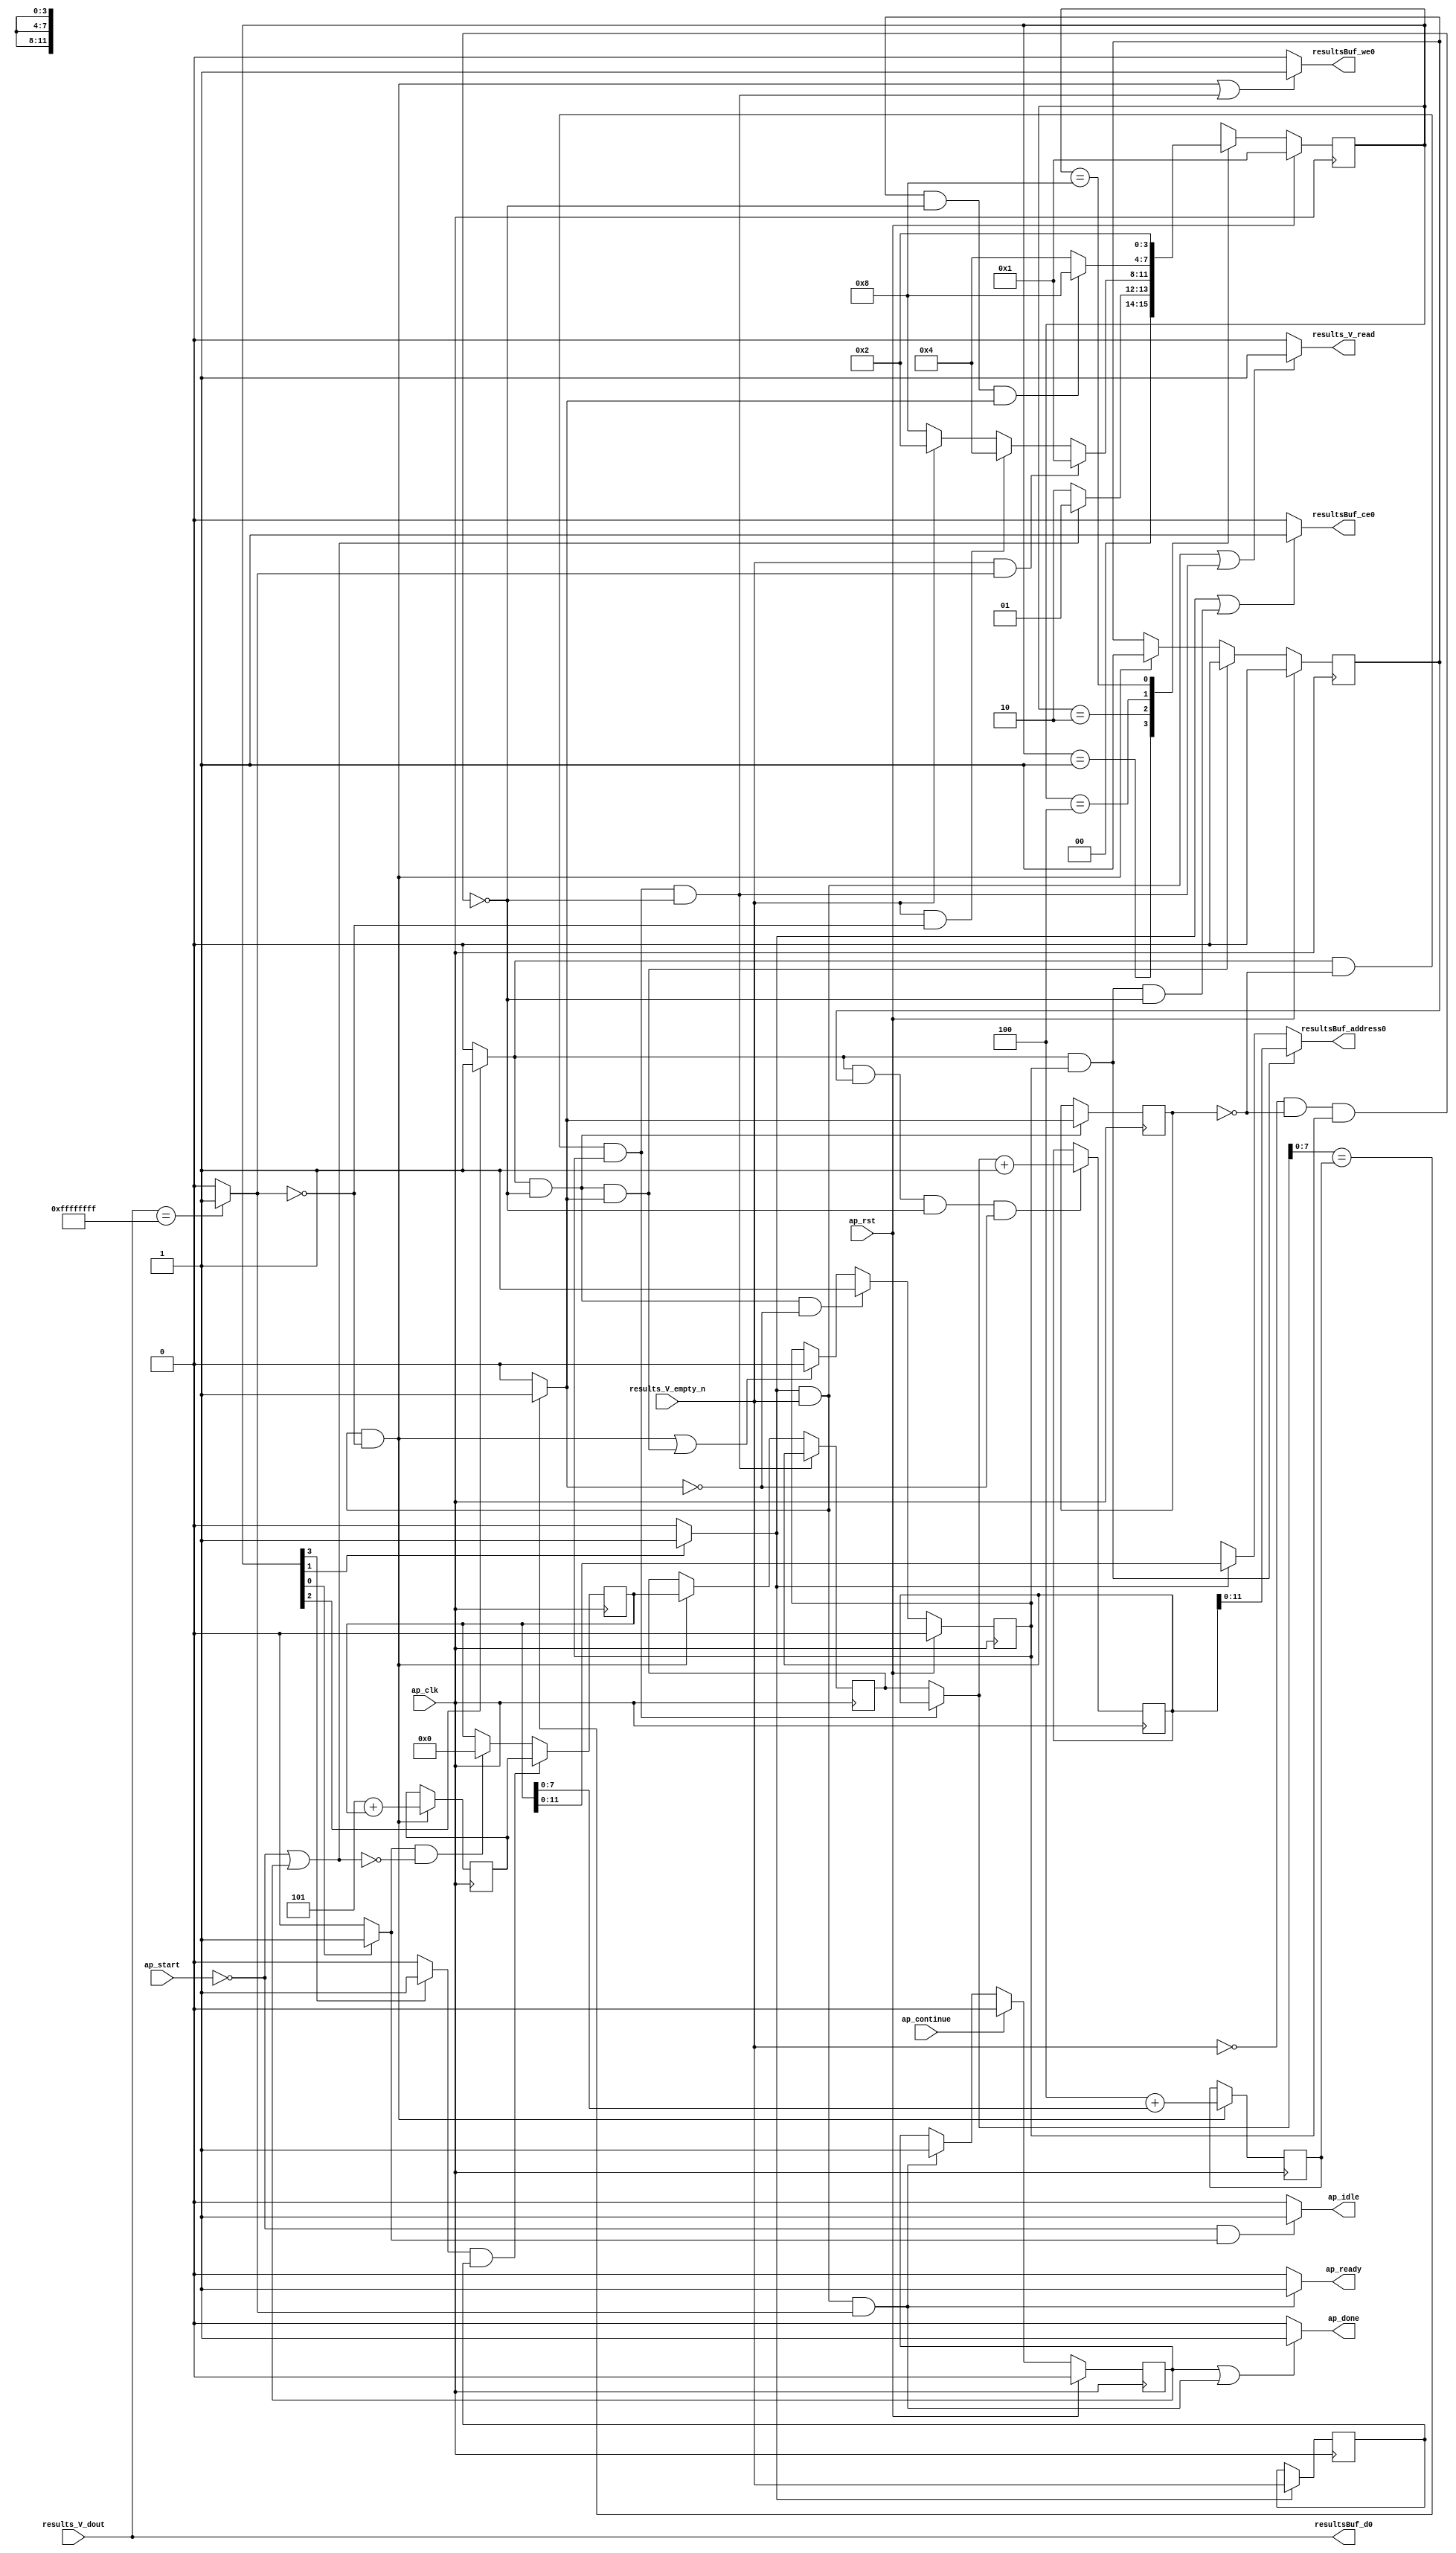
// ==============================================================
// RTL generated by Vivado(TM) HLS - High-Level Synthesis from C, C++ and SystemC
// Version: 2015.1
// Copyright (C) 2015 Xilinx Inc. All rights reserved.
// 
// ===========================================================

`timescale 1 ns / 1 ps 

module sw_pe_array_fill_resulBuf (
        ap_clk,
        ap_rst,
        ap_start,
        ap_done,
        ap_continue,
        ap_idle,
        ap_ready,
        results_V_dout,
        results_V_empty_n,
        results_V_read,
        resultsBuf_address0,
        resultsBuf_ce0,
        resultsBuf_we0,
        resultsBuf_d0
);

parameter    ap_const_logic_1 = 1'b1;
parameter    ap_const_logic_0 = 1'b0;
parameter    ap_ST_st1_fsm_0 = 4'b1;
parameter    ap_ST_st2_fsm_1 = 4'b10;
parameter    ap_ST_pp0_stg0_fsm_2 = 4'b100;
parameter    ap_ST_st5_fsm_3 = 4'b1000;
parameter    ap_const_lv32_0 = 32'b00000000000000000000000000000000;
parameter    ap_const_lv1_1 = 1'b1;
parameter    ap_const_lv32_1 = 32'b1;
parameter    ap_const_lv1_0 = 1'b0;
parameter    ap_const_lv32_2 = 32'b10;
parameter    ap_const_lv16_0 = 16'b0000000000000000;
parameter    ap_const_lv32_3 = 32'b11;
parameter    ap_const_lv32_FFFFFFFF = 32'b11111111111111111111111111111111;
parameter    ap_const_lv16_5 = 16'b101;
parameter    ap_const_lv8_4 = 8'b100;
parameter    ap_const_lv16_1 = 16'b1;
parameter    ap_true = 1'b1;

input   ap_clk;
input   ap_rst;
input   ap_start;
output   ap_done;
input   ap_continue;
output   ap_idle;
output   ap_ready;
input  [31:0] results_V_dout;
input   results_V_empty_n;
output   results_V_read;
output  [11:0] resultsBuf_address0;
output   resultsBuf_ce0;
output   resultsBuf_we0;
output  [31:0] resultsBuf_d0;

reg ap_done;
reg ap_idle;
reg ap_ready;
reg results_V_read;
reg[11:0] resultsBuf_address0;
reg resultsBuf_ce0;
reg resultsBuf_we0;
reg    ap_done_reg = 1'b0;
(* fsm_encoding = "none" *) reg   [3:0] ap_CS_fsm = 4'b1;
reg    ap_sig_cseq_ST_st1_fsm_0;
reg    ap_sig_bdd_23;
reg   [15:0] Addr_t_1_in_reg_93;
reg    ap_sig_cseq_ST_st2_fsm_1;
reg    ap_sig_bdd_49;
wire   [0:0] tmp_nbreadreq_fu_58_p3;
reg    ap_sig_bdd_57;
reg   [0:0] tmp_reg_173;
wire   [0:0] tmp_s_fu_111_p2;
wire   [15:0] Addr_t_2_fu_122_p2;
reg   [15:0] Addr_t_2_reg_181;
wire   [7:0] tmp_6_fu_132_p2;
reg   [7:0] tmp_6_reg_186;
wire   [0:0] exitcond_fu_142_p2;
reg   [0:0] exitcond_reg_191;
reg    ap_sig_cseq_ST_pp0_stg0_fsm_2;
reg    ap_sig_bdd_78;
reg    ap_reg_ppiten_pp0_it0 = 1'b0;
reg    ap_sig_bdd_84;
reg    ap_reg_ppiten_pp0_it1 = 1'b0;
wire   [15:0] Addr_t_1_fu_147_p2;
reg   [15:0] Addr_t_1_reg_195;
reg   [15:0] Addr_t_1_in_phi_fu_96_p4;
wire  signed [63:0] tmp_1_fu_117_p1;
wire  signed [63:0] tmp_2_fu_153_p1;
reg   [15:0] Addr_t_fu_54;
reg    ap_sig_bdd_118;
reg    ap_sig_cseq_ST_st5_fsm_3;
reg    ap_sig_bdd_126;
wire   [7:0] tmp_4_fu_128_p1;
wire   [7:0] tmp_5_fu_138_p1;
reg   [3:0] ap_NS_fsm;




/// the current state (ap_CS_fsm) of the state machine. ///
always @ (posedge ap_clk)
begin : ap_ret_ap_CS_fsm
    if (ap_rst == 1'b1) begin
        ap_CS_fsm <= ap_ST_st1_fsm_0;
    end else begin
        ap_CS_fsm <= ap_NS_fsm;
    end
end

/// ap_done_reg assign process. ///
always @ (posedge ap_clk)
begin : ap_ret_ap_done_reg
    if (ap_rst == 1'b1) begin
        ap_done_reg <= ap_const_logic_0;
    end else begin
        if ((ap_const_logic_1 == ap_continue)) begin
            ap_done_reg <= ap_const_logic_0;
        end else if (((ap_const_logic_1 == ap_sig_cseq_ST_st2_fsm_1) & ~(tmp_nbreadreq_fu_58_p3 == ap_const_lv1_0) & ~ap_sig_bdd_57 & ~(ap_const_lv1_0 == tmp_s_fu_111_p2))) begin
            ap_done_reg <= ap_const_logic_1;
        end
    end
end

/// ap_reg_ppiten_pp0_it0 assign process. ///
always @ (posedge ap_clk)
begin : ap_ret_ap_reg_ppiten_pp0_it0
    if (ap_rst == 1'b1) begin
        ap_reg_ppiten_pp0_it0 <= ap_const_logic_0;
    end else begin
        if (((ap_const_logic_1 == ap_sig_cseq_ST_pp0_stg0_fsm_2) & ~(ap_sig_bdd_84 & (ap_const_logic_1 == ap_reg_ppiten_pp0_it1)) & ~(ap_const_lv1_0 == exitcond_fu_142_p2))) begin
            ap_reg_ppiten_pp0_it0 <= ap_const_logic_0;
        end else if (((ap_const_logic_1 == ap_sig_cseq_ST_st2_fsm_1) & ~(tmp_nbreadreq_fu_58_p3 == ap_const_lv1_0) & ~ap_sig_bdd_57 & (ap_const_lv1_0 == tmp_s_fu_111_p2))) begin
            ap_reg_ppiten_pp0_it0 <= ap_const_logic_1;
        end
    end
end

/// ap_reg_ppiten_pp0_it1 assign process. ///
always @ (posedge ap_clk)
begin : ap_ret_ap_reg_ppiten_pp0_it1
    if (ap_rst == 1'b1) begin
        ap_reg_ppiten_pp0_it1 <= ap_const_logic_0;
    end else begin
        if (((ap_const_logic_1 == ap_sig_cseq_ST_pp0_stg0_fsm_2) & ~(ap_sig_bdd_84 & (ap_const_logic_1 == ap_reg_ppiten_pp0_it1)) & (ap_const_lv1_0 == exitcond_fu_142_p2))) begin
            ap_reg_ppiten_pp0_it1 <= ap_const_logic_1;
        end else if ((((ap_const_logic_1 == ap_sig_cseq_ST_st2_fsm_1) & ~(tmp_nbreadreq_fu_58_p3 == ap_const_lv1_0) & ~ap_sig_bdd_57 & (ap_const_lv1_0 == tmp_s_fu_111_p2)) | ((ap_const_logic_1 == ap_sig_cseq_ST_pp0_stg0_fsm_2) & ~(ap_sig_bdd_84 & (ap_const_logic_1 == ap_reg_ppiten_pp0_it1)) & ~(ap_const_lv1_0 == exitcond_fu_142_p2)))) begin
            ap_reg_ppiten_pp0_it1 <= ap_const_logic_0;
        end
    end
end

/// assign process. ///
always @(posedge ap_clk)
begin
    if (((ap_const_logic_1 == ap_sig_cseq_ST_pp0_stg0_fsm_2) & (ap_const_lv1_0 == exitcond_reg_191) & (ap_const_logic_1 == ap_reg_ppiten_pp0_it1) & ~(ap_sig_bdd_84 & (ap_const_logic_1 == ap_reg_ppiten_pp0_it1)))) begin
        Addr_t_1_in_reg_93 <= Addr_t_1_reg_195;
    end else if (((ap_const_logic_1 == ap_sig_cseq_ST_st2_fsm_1) & ~(tmp_nbreadreq_fu_58_p3 == ap_const_lv1_0) & ~ap_sig_bdd_57 & (ap_const_lv1_0 == tmp_s_fu_111_p2))) begin
        Addr_t_1_in_reg_93 <= Addr_t_fu_54;
    end
end

/// assign process. ///
always @(posedge ap_clk)
begin
    if (((ap_const_logic_1 == ap_sig_cseq_ST_st5_fsm_3) & ~(ap_const_lv1_0 == tmp_reg_173))) begin
        Addr_t_fu_54 <= Addr_t_2_reg_181;
    end else if (((ap_const_logic_1 == ap_sig_cseq_ST_st1_fsm_0) & ~ap_sig_bdd_118)) begin
        Addr_t_fu_54 <= ap_const_lv16_0;
    end
end

/// assign process. ///
always @(posedge ap_clk)
begin
    if (((ap_const_logic_1 == ap_sig_cseq_ST_pp0_stg0_fsm_2) & (ap_const_logic_1 == ap_reg_ppiten_pp0_it0) & ~(ap_sig_bdd_84 & (ap_const_logic_1 == ap_reg_ppiten_pp0_it1)) & (ap_const_lv1_0 == exitcond_fu_142_p2))) begin
        Addr_t_1_reg_195 <= Addr_t_1_fu_147_p2;
    end
end

/// assign process. ///
always @(posedge ap_clk)
begin
    if (((ap_const_logic_1 == ap_sig_cseq_ST_st2_fsm_1) & ~(tmp_nbreadreq_fu_58_p3 == ap_const_lv1_0) & ~ap_sig_bdd_57 & (ap_const_lv1_0 == tmp_s_fu_111_p2))) begin
        Addr_t_2_reg_181 <= Addr_t_2_fu_122_p2;
        tmp_6_reg_186 <= tmp_6_fu_132_p2;
    end
end

/// assign process. ///
always @(posedge ap_clk)
begin
    if (((ap_const_logic_1 == ap_sig_cseq_ST_pp0_stg0_fsm_2) & ~(ap_sig_bdd_84 & (ap_const_logic_1 == ap_reg_ppiten_pp0_it1)))) begin
        exitcond_reg_191 <= exitcond_fu_142_p2;
    end
end

/// assign process. ///
always @(posedge ap_clk)
begin
    if (((ap_const_logic_1 == ap_sig_cseq_ST_st2_fsm_1) & ~ap_sig_bdd_57)) begin
        tmp_reg_173 <= tmp_nbreadreq_fu_58_p3;
    end
end

/// Addr_t_1_in_phi_fu_96_p4 assign process. ///
always @ (Addr_t_1_in_reg_93 or exitcond_reg_191 or ap_sig_cseq_ST_pp0_stg0_fsm_2 or ap_reg_ppiten_pp0_it1 or Addr_t_1_reg_195)
begin
    if (((ap_const_logic_1 == ap_sig_cseq_ST_pp0_stg0_fsm_2) & (ap_const_lv1_0 == exitcond_reg_191) & (ap_const_logic_1 == ap_reg_ppiten_pp0_it1))) begin
        Addr_t_1_in_phi_fu_96_p4 = Addr_t_1_reg_195;
    end else begin
        Addr_t_1_in_phi_fu_96_p4 = Addr_t_1_in_reg_93;
    end
end

/// ap_done assign process. ///
always @ (ap_done_reg or ap_sig_cseq_ST_st2_fsm_1 or tmp_nbreadreq_fu_58_p3 or ap_sig_bdd_57 or tmp_s_fu_111_p2)
begin
    if (((ap_const_logic_1 == ap_done_reg) | ((ap_const_logic_1 == ap_sig_cseq_ST_st2_fsm_1) & ~(tmp_nbreadreq_fu_58_p3 == ap_const_lv1_0) & ~ap_sig_bdd_57 & ~(ap_const_lv1_0 == tmp_s_fu_111_p2)))) begin
        ap_done = ap_const_logic_1;
    end else begin
        ap_done = ap_const_logic_0;
    end
end

/// ap_idle assign process. ///
always @ (ap_start or ap_sig_cseq_ST_st1_fsm_0)
begin
    if ((~(ap_const_logic_1 == ap_start) & (ap_const_logic_1 == ap_sig_cseq_ST_st1_fsm_0))) begin
        ap_idle = ap_const_logic_1;
    end else begin
        ap_idle = ap_const_logic_0;
    end
end

/// ap_ready assign process. ///
always @ (ap_sig_cseq_ST_st2_fsm_1 or tmp_nbreadreq_fu_58_p3 or ap_sig_bdd_57 or tmp_s_fu_111_p2)
begin
    if (((ap_const_logic_1 == ap_sig_cseq_ST_st2_fsm_1) & ~(tmp_nbreadreq_fu_58_p3 == ap_const_lv1_0) & ~ap_sig_bdd_57 & ~(ap_const_lv1_0 == tmp_s_fu_111_p2))) begin
        ap_ready = ap_const_logic_1;
    end else begin
        ap_ready = ap_const_logic_0;
    end
end

/// ap_sig_cseq_ST_pp0_stg0_fsm_2 assign process. ///
always @ (ap_sig_bdd_78)
begin
    if (ap_sig_bdd_78) begin
        ap_sig_cseq_ST_pp0_stg0_fsm_2 = ap_const_logic_1;
    end else begin
        ap_sig_cseq_ST_pp0_stg0_fsm_2 = ap_const_logic_0;
    end
end

/// ap_sig_cseq_ST_st1_fsm_0 assign process. ///
always @ (ap_sig_bdd_23)
begin
    if (ap_sig_bdd_23) begin
        ap_sig_cseq_ST_st1_fsm_0 = ap_const_logic_1;
    end else begin
        ap_sig_cseq_ST_st1_fsm_0 = ap_const_logic_0;
    end
end

/// ap_sig_cseq_ST_st2_fsm_1 assign process. ///
always @ (ap_sig_bdd_49)
begin
    if (ap_sig_bdd_49) begin
        ap_sig_cseq_ST_st2_fsm_1 = ap_const_logic_1;
    end else begin
        ap_sig_cseq_ST_st2_fsm_1 = ap_const_logic_0;
    end
end

/// ap_sig_cseq_ST_st5_fsm_3 assign process. ///
always @ (ap_sig_bdd_126)
begin
    if (ap_sig_bdd_126) begin
        ap_sig_cseq_ST_st5_fsm_3 = ap_const_logic_1;
    end else begin
        ap_sig_cseq_ST_st5_fsm_3 = ap_const_logic_0;
    end
end

/// resultsBuf_address0 assign process. ///
always @ (ap_sig_cseq_ST_st2_fsm_1 or ap_sig_cseq_ST_pp0_stg0_fsm_2 or ap_reg_ppiten_pp0_it1 or tmp_1_fu_117_p1 or tmp_2_fu_153_p1)
begin
    if (((ap_const_logic_1 == ap_sig_cseq_ST_pp0_stg0_fsm_2) & (ap_const_logic_1 == ap_reg_ppiten_pp0_it1))) begin
        resultsBuf_address0 = tmp_2_fu_153_p1;
    end else if ((ap_const_logic_1 == ap_sig_cseq_ST_st2_fsm_1)) begin
        resultsBuf_address0 = tmp_1_fu_117_p1;
    end else begin
        resultsBuf_address0 = 'bx;
    end
end

/// resultsBuf_ce0 assign process. ///
always @ (ap_sig_cseq_ST_st2_fsm_1 or ap_sig_bdd_57 or ap_sig_cseq_ST_pp0_stg0_fsm_2 or ap_sig_bdd_84 or ap_reg_ppiten_pp0_it1)
begin
    if ((((ap_const_logic_1 == ap_sig_cseq_ST_st2_fsm_1) & ~ap_sig_bdd_57) | ((ap_const_logic_1 == ap_sig_cseq_ST_pp0_stg0_fsm_2) & (ap_const_logic_1 == ap_reg_ppiten_pp0_it1) & ~(ap_sig_bdd_84 & (ap_const_logic_1 == ap_reg_ppiten_pp0_it1))))) begin
        resultsBuf_ce0 = ap_const_logic_1;
    end else begin
        resultsBuf_ce0 = ap_const_logic_0;
    end
end

/// resultsBuf_we0 assign process. ///
always @ (ap_sig_cseq_ST_st2_fsm_1 or tmp_nbreadreq_fu_58_p3 or ap_sig_bdd_57 or tmp_s_fu_111_p2 or exitcond_reg_191 or ap_sig_cseq_ST_pp0_stg0_fsm_2 or ap_sig_bdd_84 or ap_reg_ppiten_pp0_it1)
begin
    if ((((ap_const_logic_1 == ap_sig_cseq_ST_st2_fsm_1) & ~(tmp_nbreadreq_fu_58_p3 == ap_const_lv1_0) & ~ap_sig_bdd_57 & (ap_const_lv1_0 == tmp_s_fu_111_p2)) | ((ap_const_logic_1 == ap_sig_cseq_ST_pp0_stg0_fsm_2) & (ap_const_lv1_0 == exitcond_reg_191) & (ap_const_logic_1 == ap_reg_ppiten_pp0_it1) & ~(ap_sig_bdd_84 & (ap_const_logic_1 == ap_reg_ppiten_pp0_it1))))) begin
        resultsBuf_we0 = ap_const_logic_1;
    end else begin
        resultsBuf_we0 = ap_const_logic_0;
    end
end

/// results_V_read assign process. ///
always @ (ap_sig_cseq_ST_st2_fsm_1 or tmp_nbreadreq_fu_58_p3 or ap_sig_bdd_57 or exitcond_reg_191 or ap_sig_cseq_ST_pp0_stg0_fsm_2 or ap_sig_bdd_84 or ap_reg_ppiten_pp0_it1)
begin
    if ((((ap_const_logic_1 == ap_sig_cseq_ST_st2_fsm_1) & ~(tmp_nbreadreq_fu_58_p3 == ap_const_lv1_0) & ~ap_sig_bdd_57) | ((ap_const_logic_1 == ap_sig_cseq_ST_pp0_stg0_fsm_2) & (ap_const_lv1_0 == exitcond_reg_191) & (ap_const_logic_1 == ap_reg_ppiten_pp0_it1) & ~(ap_sig_bdd_84 & (ap_const_logic_1 == ap_reg_ppiten_pp0_it1))))) begin
        results_V_read = ap_const_logic_1;
    end else begin
        results_V_read = ap_const_logic_0;
    end
end
/// the next state (ap_NS_fsm) of the state machine. ///
always @ (ap_CS_fsm or tmp_nbreadreq_fu_58_p3 or ap_sig_bdd_57 or tmp_s_fu_111_p2 or exitcond_fu_142_p2 or ap_reg_ppiten_pp0_it0 or ap_sig_bdd_84 or ap_reg_ppiten_pp0_it1 or ap_sig_bdd_118)
begin
    case (ap_CS_fsm)
        ap_ST_st1_fsm_0 : 
        begin
            if (~ap_sig_bdd_118) begin
                ap_NS_fsm = ap_ST_st2_fsm_1;
            end else begin
                ap_NS_fsm = ap_ST_st1_fsm_0;
            end
        end
        ap_ST_st2_fsm_1 : 
        begin
            if ((~(tmp_nbreadreq_fu_58_p3 == ap_const_lv1_0) & ~ap_sig_bdd_57 & ~(ap_const_lv1_0 == tmp_s_fu_111_p2))) begin
                ap_NS_fsm = ap_ST_st1_fsm_0;
            end else if ((~(tmp_nbreadreq_fu_58_p3 == ap_const_lv1_0) & ~ap_sig_bdd_57 & (ap_const_lv1_0 == tmp_s_fu_111_p2))) begin
                ap_NS_fsm = ap_ST_pp0_stg0_fsm_2;
            end else if (((tmp_nbreadreq_fu_58_p3 == ap_const_lv1_0) & ~ap_sig_bdd_57)) begin
                ap_NS_fsm = ap_ST_st5_fsm_3;
            end else begin
                ap_NS_fsm = ap_ST_st2_fsm_1;
            end
        end
        ap_ST_pp0_stg0_fsm_2 : 
        begin
            if (~((ap_const_logic_1 == ap_reg_ppiten_pp0_it0) & ~(ap_sig_bdd_84 & (ap_const_logic_1 == ap_reg_ppiten_pp0_it1)) & ~(ap_const_lv1_0 == exitcond_fu_142_p2))) begin
                ap_NS_fsm = ap_ST_pp0_stg0_fsm_2;
            end else if (((ap_const_logic_1 == ap_reg_ppiten_pp0_it0) & ~(ap_sig_bdd_84 & (ap_const_logic_1 == ap_reg_ppiten_pp0_it1)) & ~(ap_const_lv1_0 == exitcond_fu_142_p2))) begin
                ap_NS_fsm = ap_ST_st5_fsm_3;
            end else begin
                ap_NS_fsm = ap_ST_pp0_stg0_fsm_2;
            end
        end
        ap_ST_st5_fsm_3 : 
        begin
            ap_NS_fsm = ap_ST_st2_fsm_1;
        end
        default : 
        begin
            ap_NS_fsm = 'bx;
        end
    endcase
end

assign Addr_t_1_fu_147_p2 = (Addr_t_1_in_phi_fu_96_p4 + ap_const_lv16_1);
assign Addr_t_2_fu_122_p2 = (ap_const_lv16_5 + Addr_t_fu_54);

/// ap_sig_bdd_118 assign process. ///
always @ (ap_start or ap_done_reg)
begin
    ap_sig_bdd_118 = ((ap_start == ap_const_logic_0) | (ap_done_reg == ap_const_logic_1));
end

/// ap_sig_bdd_126 assign process. ///
always @ (ap_CS_fsm)
begin
    ap_sig_bdd_126 = (ap_const_lv1_1 == ap_CS_fsm[ap_const_lv32_3]);
end

/// ap_sig_bdd_23 assign process. ///
always @ (ap_CS_fsm)
begin
    ap_sig_bdd_23 = (ap_CS_fsm[ap_const_lv32_0] == ap_const_lv1_1);
end

/// ap_sig_bdd_49 assign process. ///
always @ (ap_CS_fsm)
begin
    ap_sig_bdd_49 = (ap_const_lv1_1 == ap_CS_fsm[ap_const_lv32_1]);
end

/// ap_sig_bdd_57 assign process. ///
always @ (results_V_empty_n or tmp_nbreadreq_fu_58_p3)
begin
    ap_sig_bdd_57 = ((results_V_empty_n == ap_const_logic_0) & ~(tmp_nbreadreq_fu_58_p3 == ap_const_lv1_0));
end

/// ap_sig_bdd_78 assign process. ///
always @ (ap_CS_fsm)
begin
    ap_sig_bdd_78 = (ap_const_lv1_1 == ap_CS_fsm[ap_const_lv32_2]);
end

/// ap_sig_bdd_84 assign process. ///
always @ (results_V_empty_n or exitcond_reg_191)
begin
    ap_sig_bdd_84 = ((results_V_empty_n == ap_const_logic_0) & (ap_const_lv1_0 == exitcond_reg_191));
end
assign exitcond_fu_142_p2 = (tmp_5_fu_138_p1 == tmp_6_reg_186? 1'b1: 1'b0);
assign resultsBuf_d0 = results_V_dout;
assign tmp_1_fu_117_p1 = $signed(Addr_t_fu_54);
assign tmp_2_fu_153_p1 = $signed(Addr_t_1_reg_195);
assign tmp_4_fu_128_p1 = Addr_t_fu_54[7:0];
assign tmp_5_fu_138_p1 = Addr_t_1_in_phi_fu_96_p4[7:0];
assign tmp_6_fu_132_p2 = (ap_const_lv8_4 + tmp_4_fu_128_p1);
assign tmp_nbreadreq_fu_58_p3 = results_V_empty_n;
assign tmp_s_fu_111_p2 = (results_V_dout == ap_const_lv32_FFFFFFFF? 1'b1: 1'b0);


endmodule //sw_pe_array_fill_resulBuf